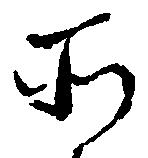
そ